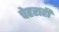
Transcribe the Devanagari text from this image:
चेहराही